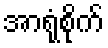
အာရုံစိုက်